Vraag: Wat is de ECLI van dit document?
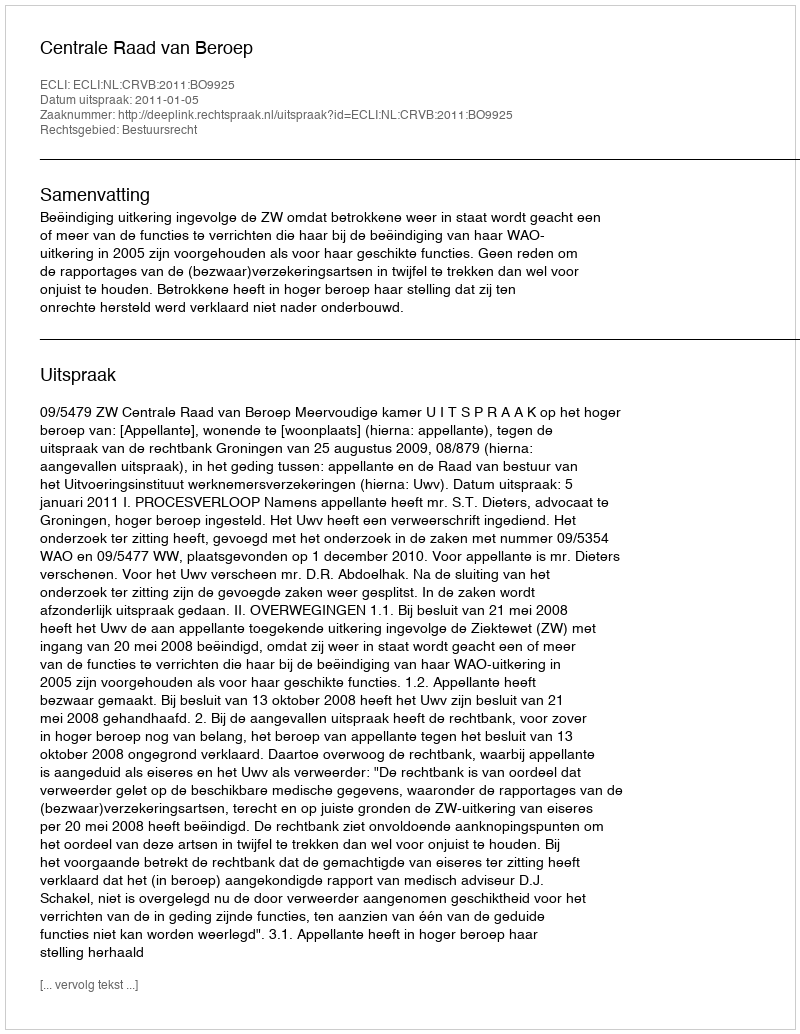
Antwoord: ECLI:NL:CRVB:2011:BO9925